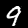
Label: 9